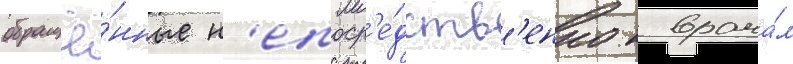
обращё́нные н'епоср'е́дств'енно к врача́м